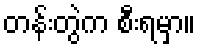
တန်းတွဲက စီးရမှာ။